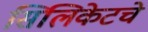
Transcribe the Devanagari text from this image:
सिलिकेटचे